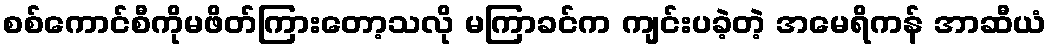
စစ်ကောင်စီကိုမဖိတ်ကြားတော့သလို မကြာခင်က ကျင်းပခဲ့တဲ့ အမေရိကန် အာဆီယံ